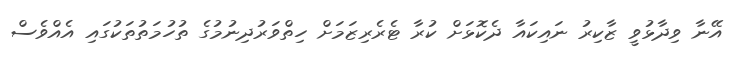
އޭނާ ވިދާޅުވީ ޒާކިރު ނައިކައާ ދެކޮޅަށް ކުރާ ޓެރެރިޒަމަށް ހިތްވަރުދިނުމުގެ ތުހުމަތުތަކުގައި އެއްވެސް